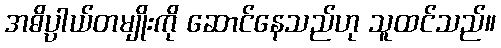
အဓိပ္ပါယ်တမျိုးကို ဆောင်နေသည်ဟု သူထင်သည်။